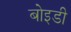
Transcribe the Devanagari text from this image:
बोइडी